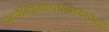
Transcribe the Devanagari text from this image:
देशवैशिष्टयोत्पन्नवाच्यसंभवा